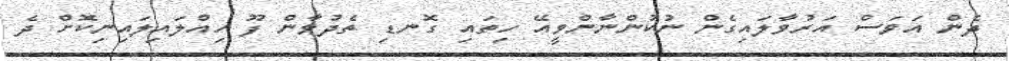
ދެން އަވަސް އަރުވާލައިގެން ނުކުންނާންވީއޭ ހިތައި ގޮނޑި ތެދުވާން ފޫ ހިއްލައިލައިނިކޮށް ދެ